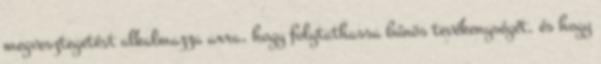
megvesztegetést alkalmazza arra, hogy folytathassa bűnös tevékenységét, és hogy